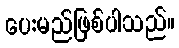
ပေးမည်ဖြစ်ပါသည်။